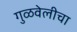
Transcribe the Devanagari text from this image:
गुळवेलीचा